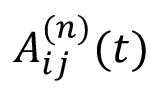
A _ { i j } ^ { ( n ) } ( t )